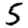
Digit: 5